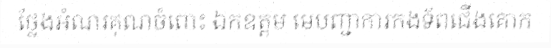
ថ្លែងអំណរគុណចំពោះ ឯកឧត្តម មេបញ្ជាការកងទ័ពជើងគោក